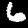
Label: 6